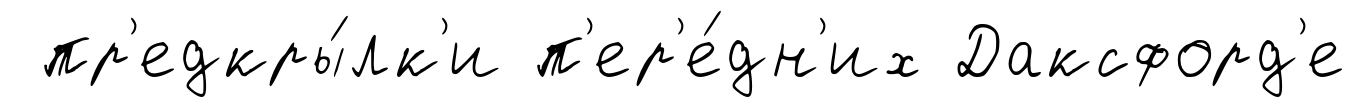
пр'едкры́лк'и п'ер'е́дн'их Даксфорд'е